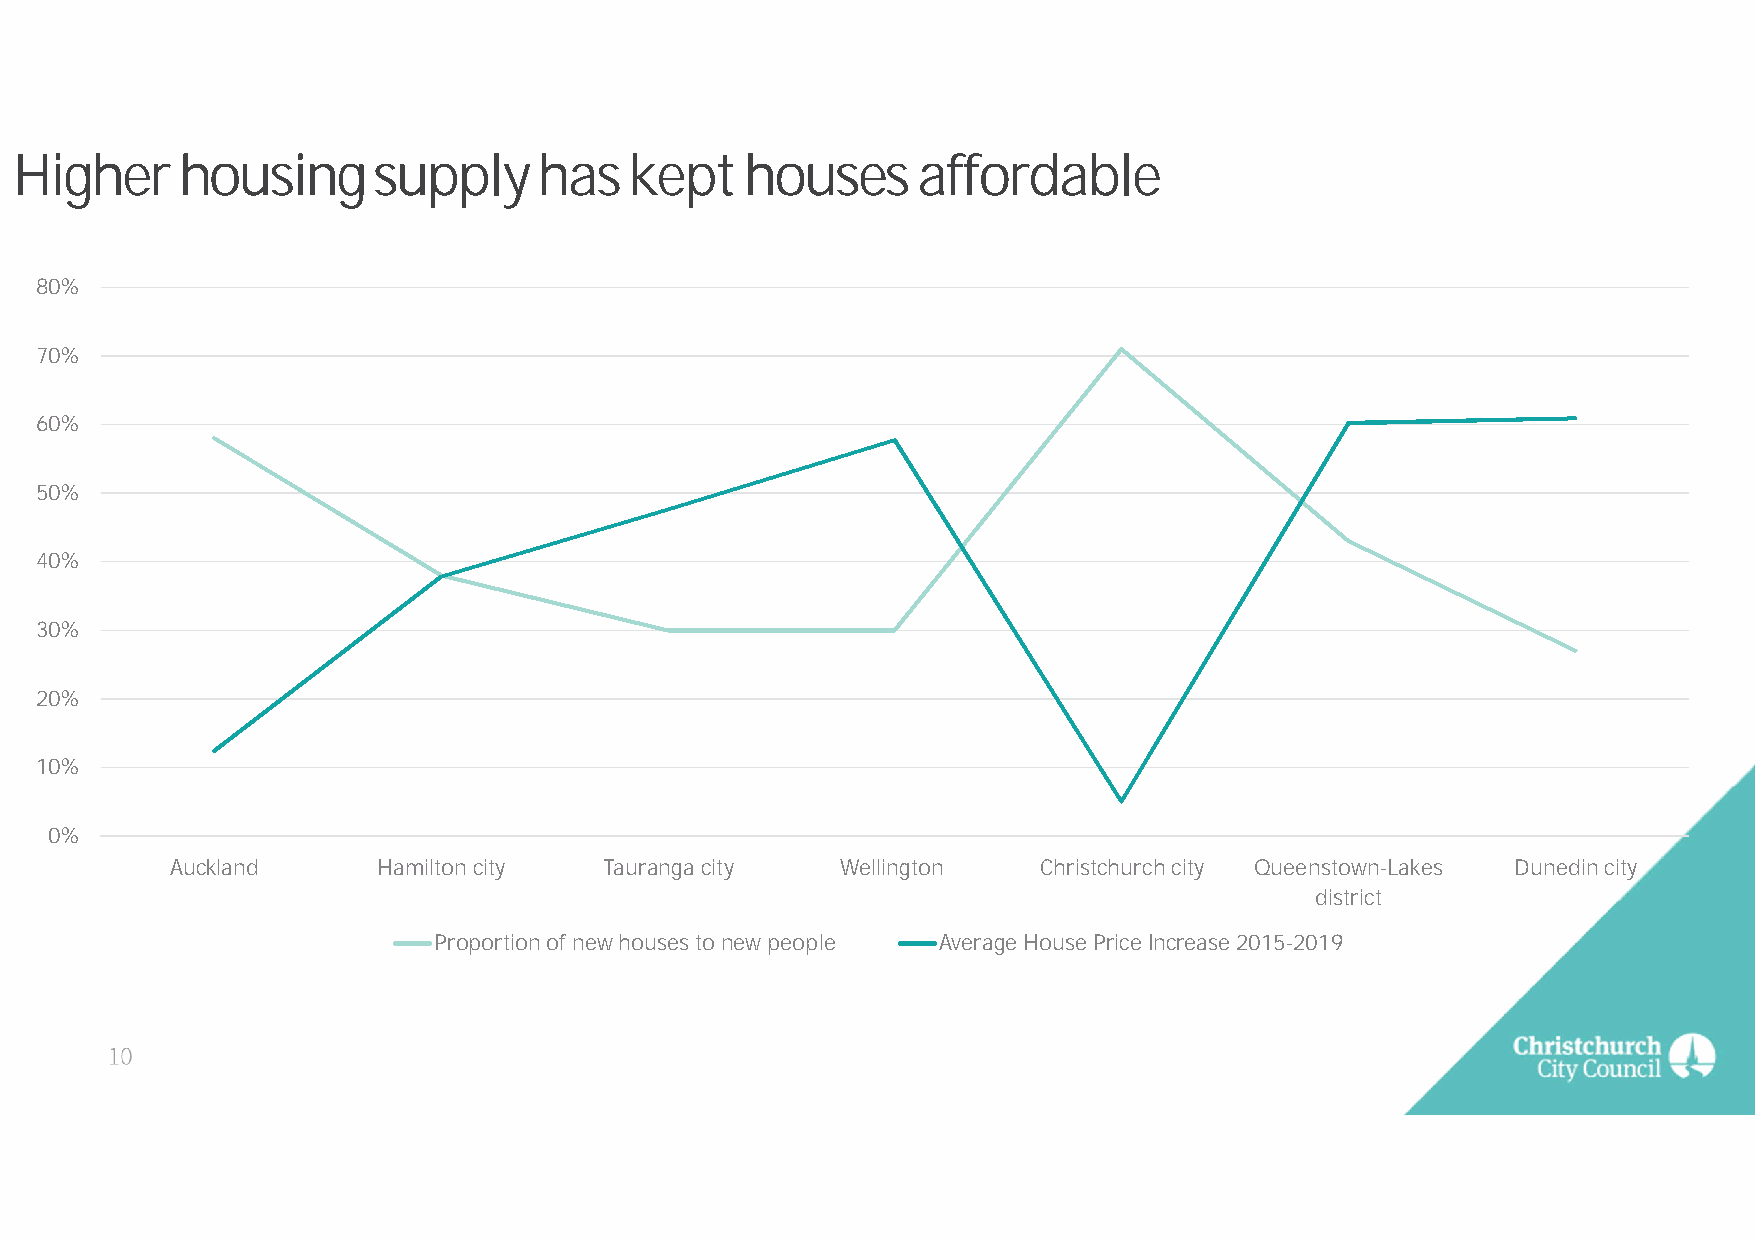
Higher     housing      supply     has   kept   houses      affordable
 80%
 70%
 60%
 50%
 40%
 30%
 20%
 10%
 0%
 Auckland      Hamilton city  Tauranga city   Wellington   Christchurch city Queenstown-Lakes Dunedin city
 district
 Proportion of new houses to new people Average House Price Increase 2015-2019